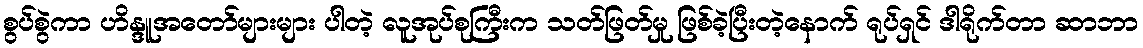
စွပ်စွဲကာ ဟိန္ဒူအတော်များများ ပါတဲ့ လူအုပ်စုကြီးက သတ်ဖြတ်မှု ဖြစ်ခဲ့ပြီးတဲ့နောက် ရုပ်ရှင် ဒါရိုက်တာ ဆာဘာ